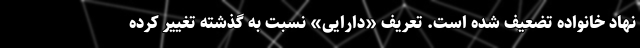
نهاد خانواده تضعیف شده است. تعریف «دارایی» نسبت به گذشته تغییر کرده